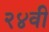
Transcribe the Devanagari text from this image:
२४वी